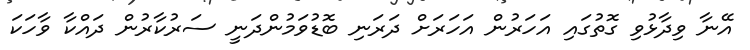
އޭނާ ވިދާޅުވި ގޮތުގައި އަހަރުން އަހަރަށް ދަރަނި ބޮޑުވަމުންދަނީ ސަރުކާރުން ދައްކާ ވާހަކަ